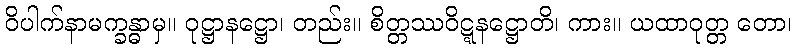
ဝိပါက်နာမက္ခန္ဓာမှ။ ဝုဋ္ဌာနဋ္ဌော၊ တည်း။ စိတ္တဿဝိဋ္ဋနဋ္ဌောတိ၊ ကား။ ယထာဝုတ္တ တော၊